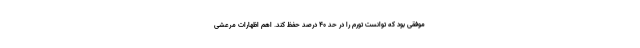
موفقی بود که توانست تورم را در حد ۴۰ درصد حفظ کند. اهم اظهارات مرعشی